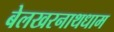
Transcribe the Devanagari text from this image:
बेलखरनाथधाम